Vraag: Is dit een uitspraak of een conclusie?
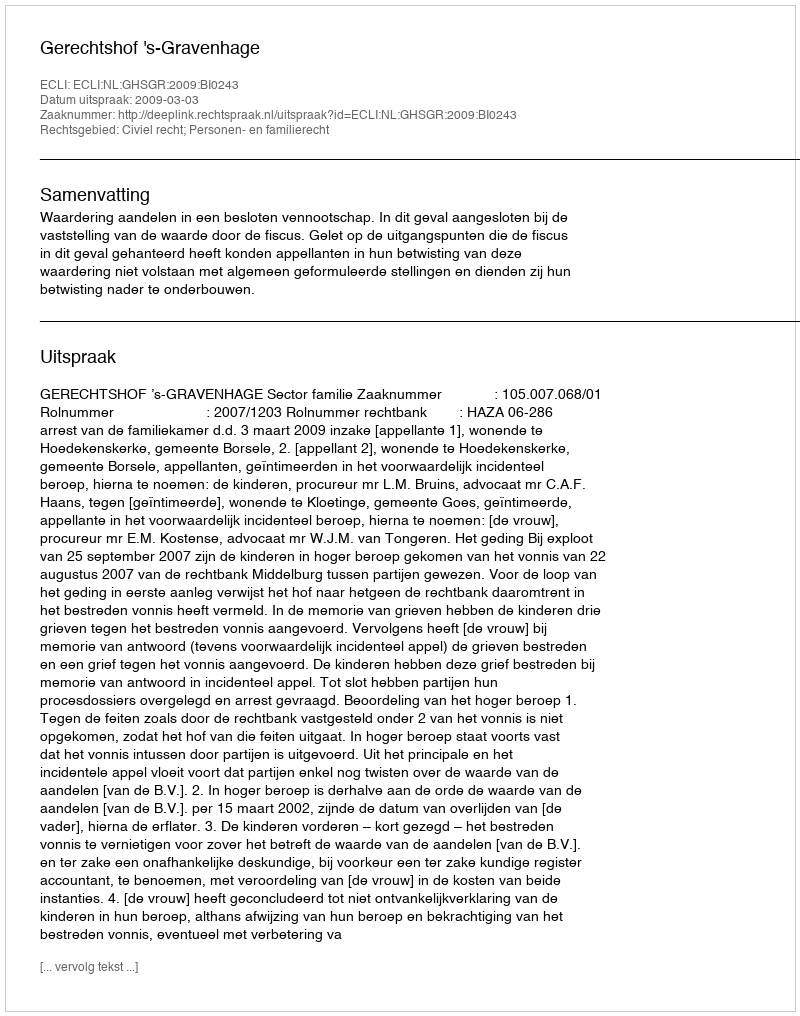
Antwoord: Uitspraak